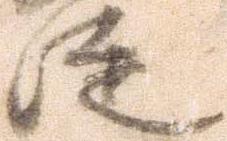
徒